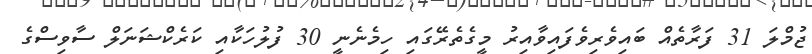
ޖުމްލަ 31 ފަރާތެއް ބައިވެރިވެފައިވާއިރު މީގެތެރޭގައި ހިމެނެނީ 30 ފުލުހަކާއި ކަރެކްޝަނަލް ސާވިސްގެ